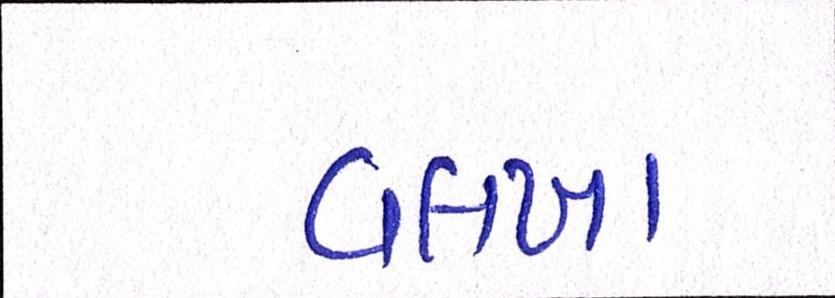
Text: વલખા